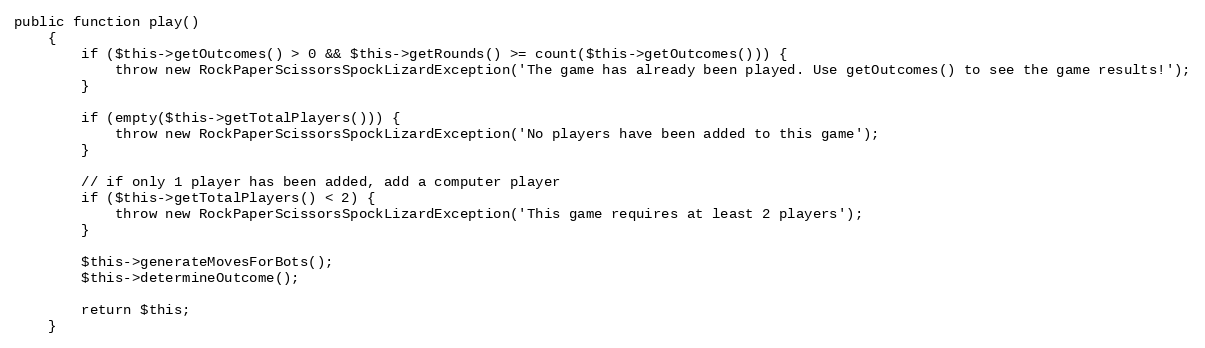
Language: PHP
public function play()
    {
        if ($this->getOutcomes() > 0 && $this->getRounds() >= count($this->getOutcomes())) {
            throw new RockPaperScissorsSpockLizardException('The game has already been played. Use getOutcomes() to see the game results!');
        }

        if (empty($this->getTotalPlayers())) {
            throw new RockPaperScissorsSpockLizardException('No players have been added to this game');
        }

        // if only 1 player has been added, add a computer player
        if ($this->getTotalPlayers() < 2) {
            throw new RockPaperScissorsSpockLizardException('This game requires at least 2 players');
        }

        $this->generateMovesForBots();
        $this->determineOutcome();

        return $this;
    }